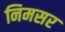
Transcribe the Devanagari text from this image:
निमसर